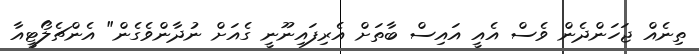
ތިނެއް ޖަހަންދެން ވެސް އެއީ އައިސް ބާތަށް އެރިފައިނޫނީ ގެއަށް ނުދާންވެގެން" އެންޗެލޯޓީއާ